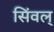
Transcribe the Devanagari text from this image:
सिंवल्